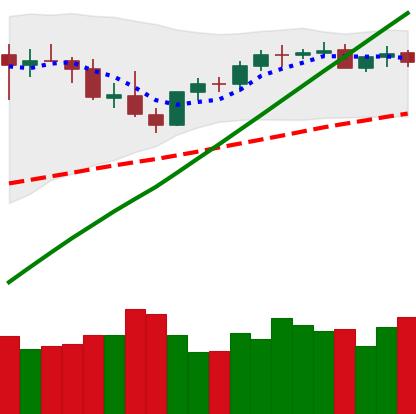
Ticker: BTC-USD
Chart end date: 2021-04-06
Forward return: 3.458%
Label: up_3_5